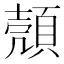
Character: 𫖡